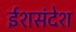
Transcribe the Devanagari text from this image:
ईशसंदेश